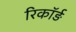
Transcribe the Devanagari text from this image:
रिकॉर्ड़